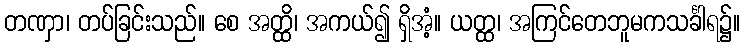
တဏှာ၊ တပ်ခြင်းသည်။ စေ အတ္ထိ၊ အကယ်၍ ရှိအံ့။ ယတ္ထ၊ အကြင်တေဘူမကသင်္ခါရ၌။